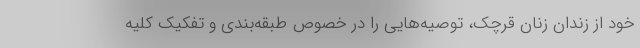
خود از زندان زنان قرچک، توصیه‌هایی را در خصوص طبقه‌بندی و تفکیک کلیه